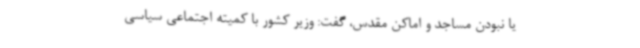
یا نبودن مساجد و اماکن مقدس، گفت: وزیر کشور با کمیته اجتماعی سیاسی